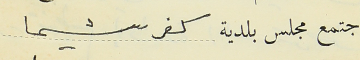
اجتمع مجلس بلدية كفرشيما